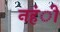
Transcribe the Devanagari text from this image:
नहंीं